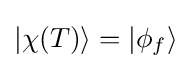
|\chi (T)\rangle =|\phi _{f}\rangle